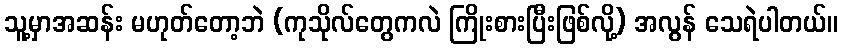
သူ့မှာအဆန်း မဟုတ်တော့ဘဲ (ကုသိုလ်တွေကလဲ ကြိုးစားပြီးဖြစ်လို့) အလွန် သေရဲပါတယ်။